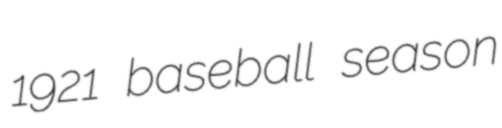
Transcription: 1921 baseball season